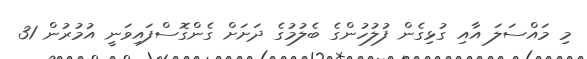
މި މައްސަލަ އާއި ގުޅިގެން ފުލުހުންގެ ބެލުމުގެ ދަށަށް ގެންގޮސްފައިވަނީ އުމުރުން 31